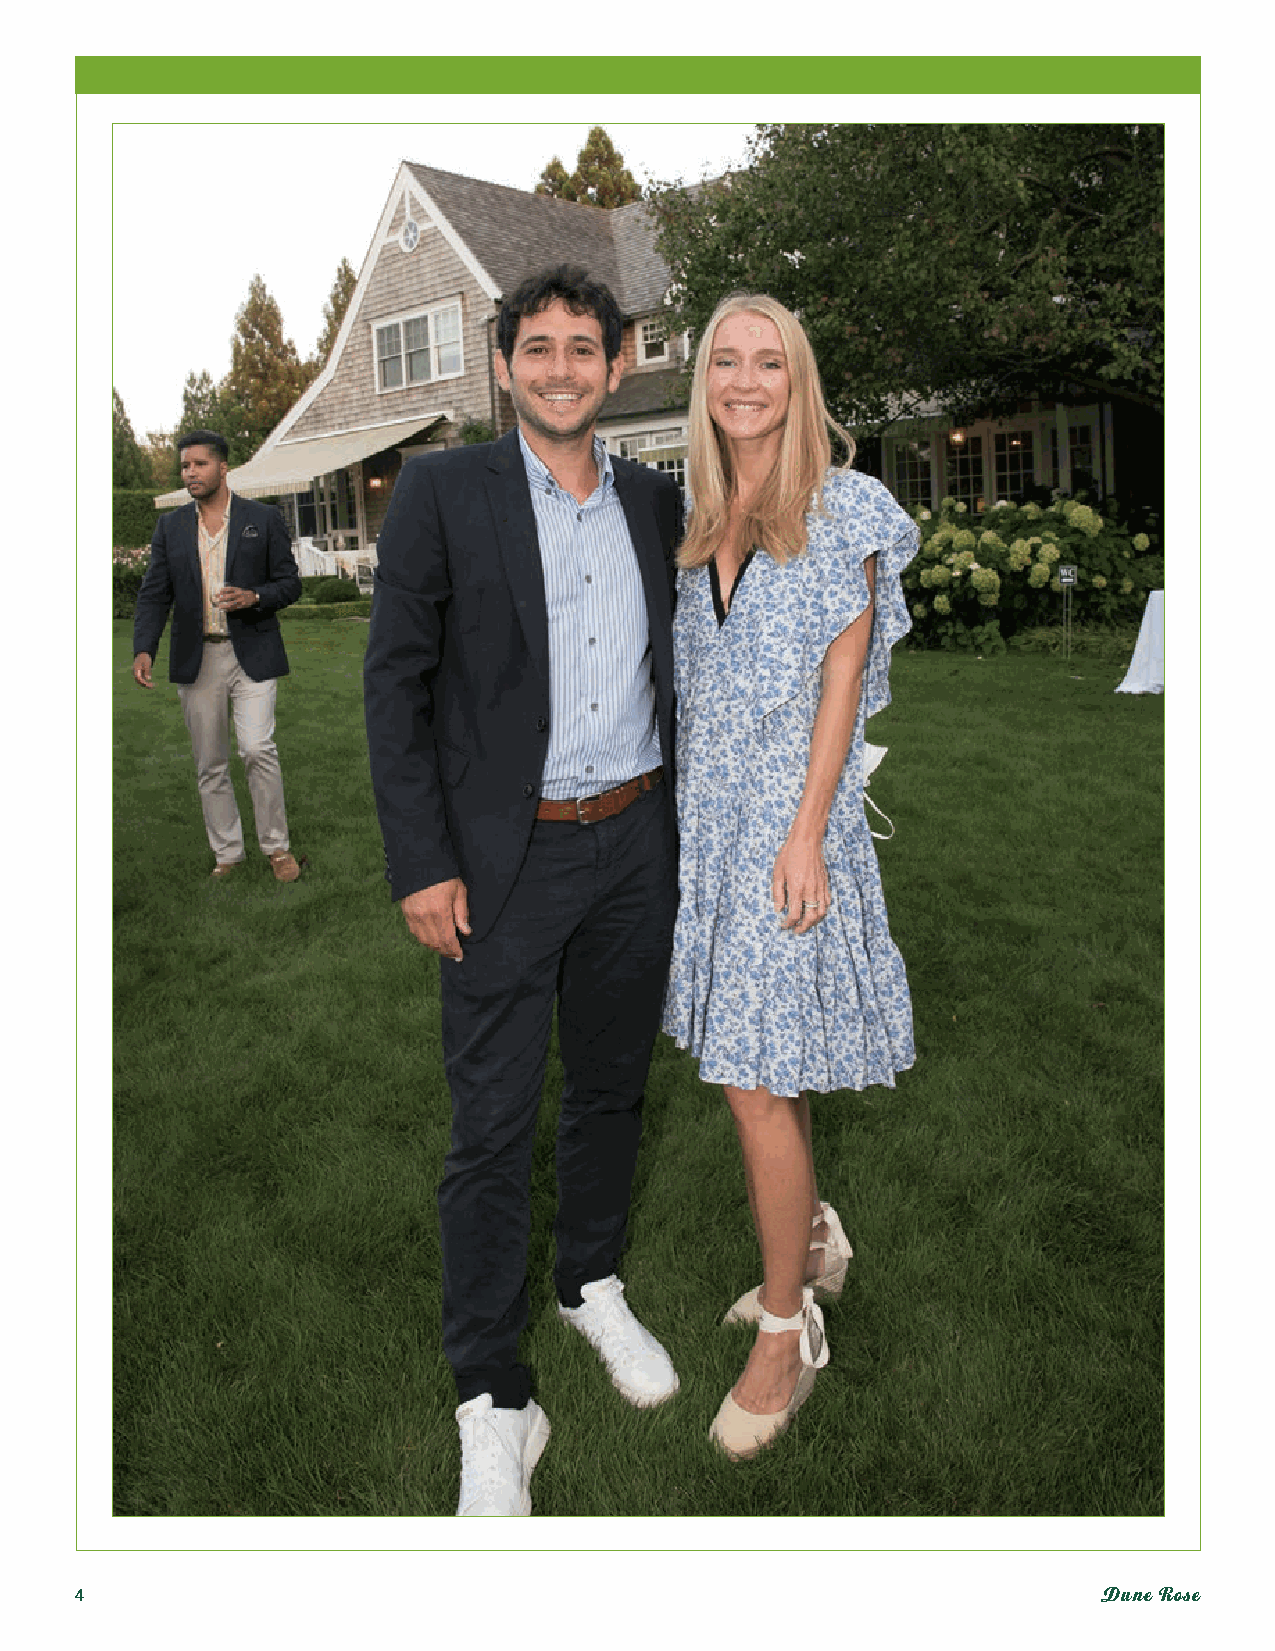
4                                                                   Dune Rose